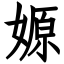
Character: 嫄